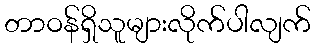
တာဝန်ရှိသူများလိုက်ပါလျက်